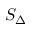
S _ { \Delta }